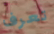
تعرف